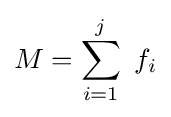
M=\sum _{i=1}^{j}\ f_{i}